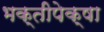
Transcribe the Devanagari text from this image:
भक्तीपेक्षा